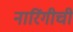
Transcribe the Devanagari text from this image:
नारिंगीची